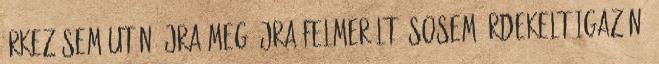
érkezésem után újra meg újra felmerült. Sosem érdekelt igazán,